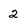
Character: 2